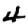
Digit: 4